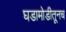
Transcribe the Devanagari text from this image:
घडामोडीतूनच